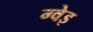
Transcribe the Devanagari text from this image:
ग्वेइ